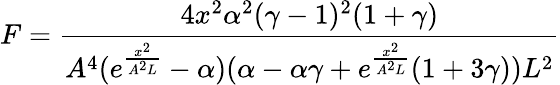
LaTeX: F=\frac{4x^{2}\alpha^{2}(\gamma-1)^{2}(1+\gamma)}{A^{4}(e^{\frac{x^{2}}{A^{2}L}}-\alpha)(\alpha-\alpha\gamma+e^{\frac{x^{2}}{A^{2}L}}(1+3\gamma))L^{2}}